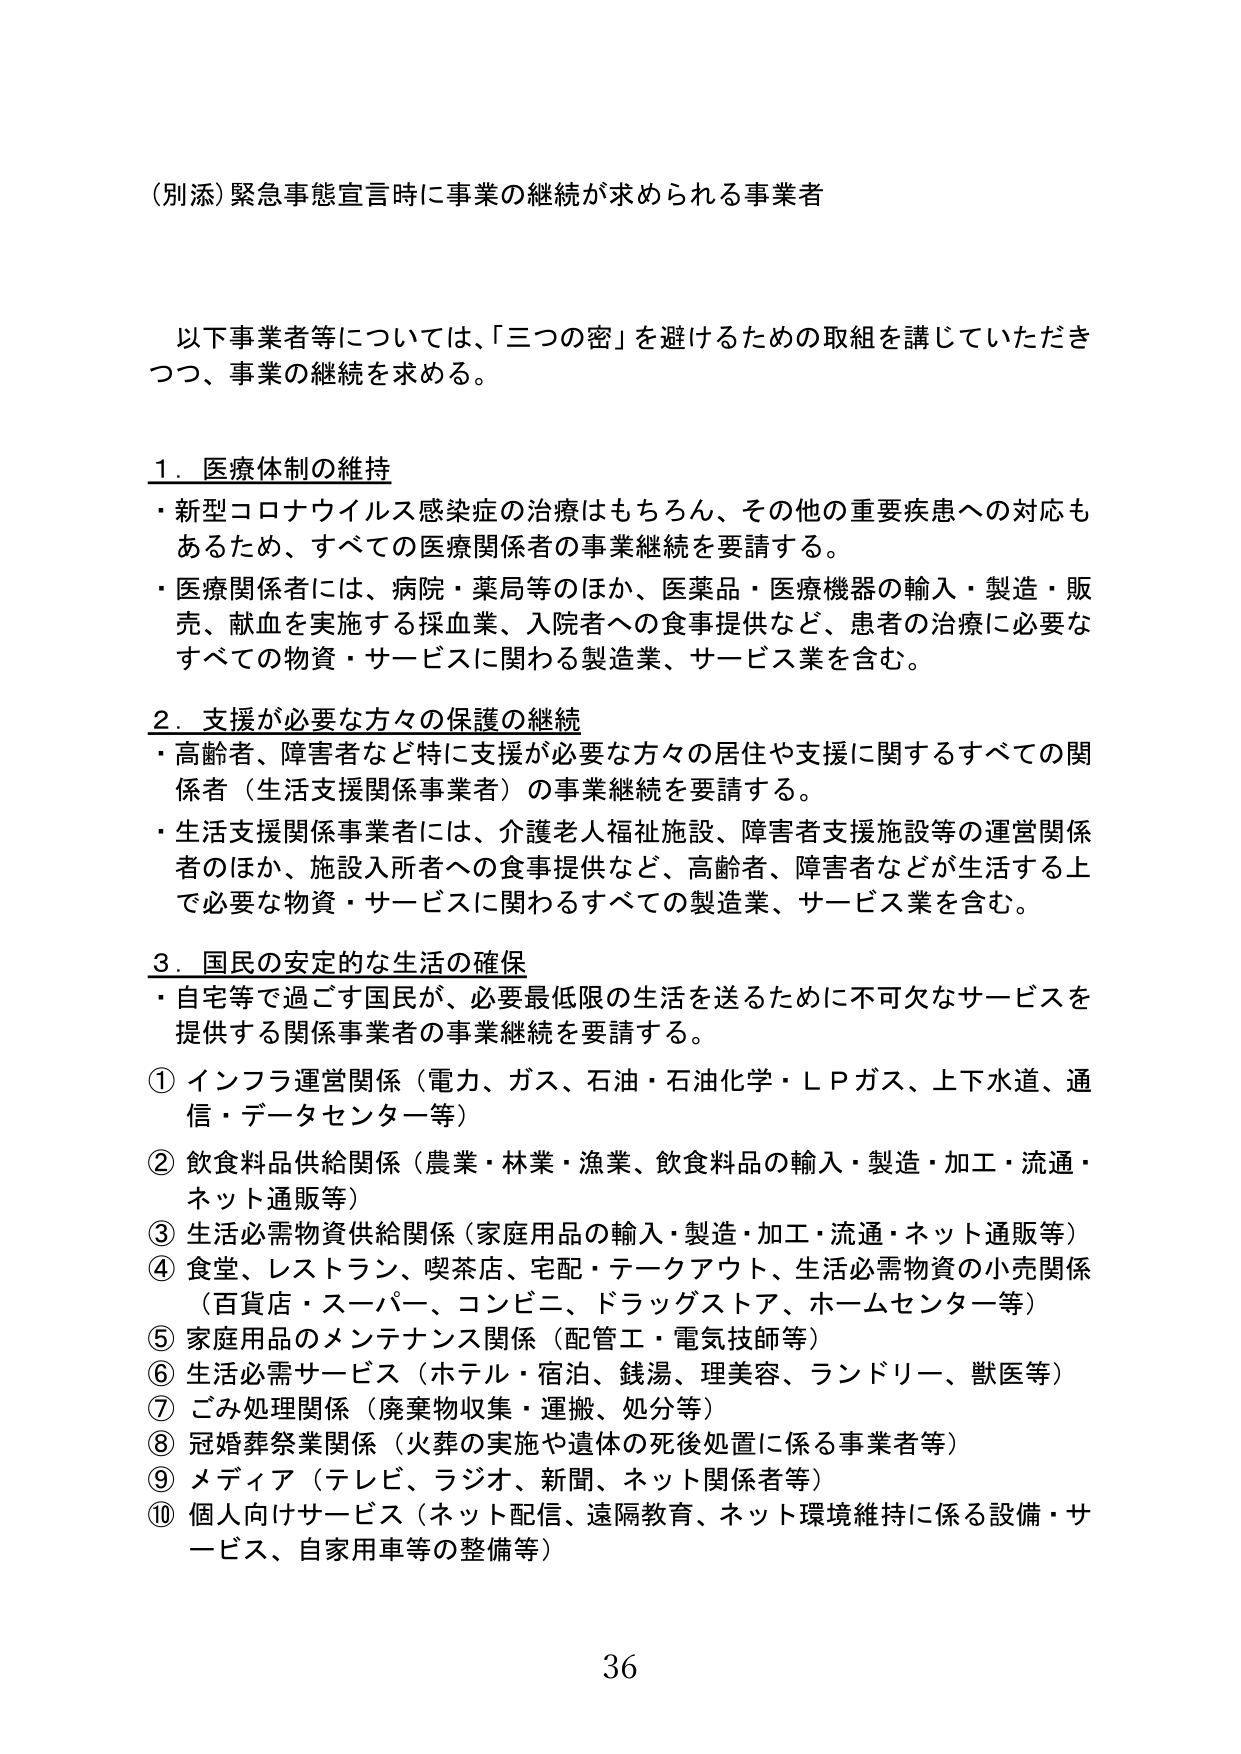
（別添）緊急事態宣言時に事業の継続が求められる事業者

以下事業者等については、「三つの密」を避けるための取組を講じていただきつつ、事業の継続を求める。

1．医療体制の維持
・新型コロナウイルス感染症の治療はもちろん、その他の重要疾患への対応もあるため、すべての医療関係者の事業継続を要請する。
・医療関係者には、病院・薬局等のほか、医薬品・医療機器の輸入・製造・販売、献血を実施する採血業、入院者への食事提供など、患者の治療に必要なすべての物資・サービスに関わる製造業、サービス業を含む。

2．支援が必要な方々の保護の継続
・高齢者、障害者など特に支援が必要な方々の居住や支援に関するすべての関係者（生活支援関係事業者）の事業継続を要請する。
・生活支援関係事業者には、介護老人福祉施設、障害者支援施設等の運営関係者のほか、施設入所者への食事提供など、高齢者、障害者などが生活する上で必要な物資・サービスに関わるすべての製造業、サービス業を含む。

3．国民の安定的な生活の確保
・自宅等で過ごす国民が、必要最低限の生活を送るために不可欠なサービスを提供する関係事業者の事業継続を要請する。
① インフラ運営関係（電力、ガス、石油・石油化学・ＬＰガス、上下水道、通信・データセンター等）
② 飲食料品供給関係（農業・林業・漁業、飲食料品の輸入・製造・加工・流通・ネット通販等）
③ 生活必需物資供給関係（家庭用品の輸入・製造・加工・流通・ネット通販等）
④ 食堂、レストラン、喫茶店、宅配・テークアウト、生活必需物資の小売関係（百貨店・スーパー、コンビニ、ドラッグストア、ホームセンター等）
⑤ 家庭用品のメンテナンス関係（配管工・電気技師等）
⑥ 生活必需サービス（ホテル・宿泊、銭湯、理美容、ランドリー、獣医等）
⑦ ごみ処理関係（廃棄物収集・運搬、処分等）
⑧ 冠婚葬祭業関係（火葬の実施や遺体の死後処置に係る事業者等）
⑨ メディア（テレビ、ラジオ、新聞、ネット関係者等）
⑩ 個人向けサービス（ネット配信、遠隔教育、ネット環境維持に係る設備・サービス、自家用車等の整備等）

36